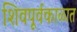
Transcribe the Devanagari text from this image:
शिवपूर्वकाळात